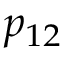
p _ { 1 2 }